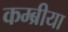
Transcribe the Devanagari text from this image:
कम्ब्रीया